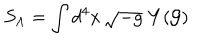
LaTeX: S _ { \Lambda } = \int d ^ { 4 } x \, \sqrt { - g } \, \, Y ( \cal G )